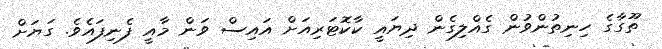
ތޫގާގެ ހިނިތުންވުން ގެއްލިގެން ދިޔައީ ކާކޮޓަރިއަށް އައިސް ވަން މާއީ ފެނިފައެވެ. ގަޔަށް